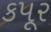
કપૂર